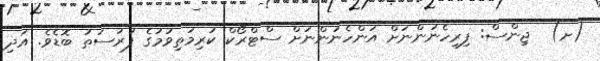
(ށ)  ޖިންސް: ފިރިހެނުންނަށް އަންހެނުންނަށް ސްޓްރޯކް ކުރިމަތިވުމުގެ ފުރުސަތު ބޮޑެވެ. އަދި